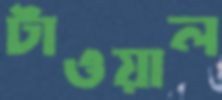
টাওয়াল